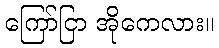
ကြော်ငြာ အိုကေလား။